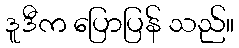
ဒူဒီက ပြောပြန် သည်။